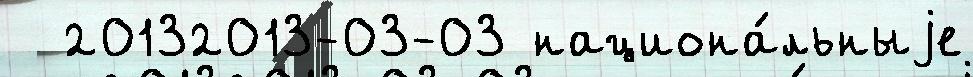
  20132013-03-03 национа́льныjе